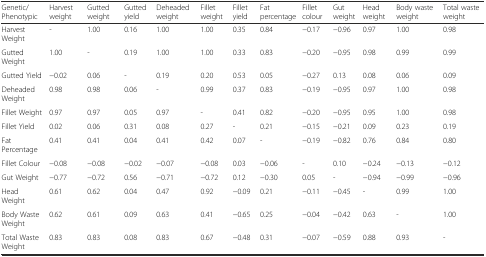
<table><thead><tr><td><b>Genetic/Phenotypic</b></td><td><b>Harvest weight</b></td><td><b>Gutted weight</b></td><td><b>Gutted yield</b></td><td><b>Deheaded weight</b></td><td><b>Fillet weight</b></td><td><b>Fillet yield</b></td><td><b>Fat percentage</b></td><td><b>Fillet colour</b></td><td><b>Gut weight</b></td><td><b>Head weight</b></td><td><b>Body waste weight</b></td><td><b>Total waste weight</b></td></tr></thead><tbody><tr><td>Harvest Weight</td><td>-</td><td>1.00</td><td>0.16</td><td>1.00</td><td>1.00</td><td>0.35</td><td>0.84</td><td>−0.17</td><td>−0.96</td><td>0.97</td><td>1.00</td><td>0.98</td></tr><tr><td>Gutted Weight</td><td>1.00</td><td>-</td><td>0.19</td><td>1.00</td><td>1.00</td><td>0.33</td><td>0.83</td><td>−0.20</td><td>−0.95</td><td>0.98</td><td>0.99</td><td>0.99</td></tr><tr><td>Gutted Yield</td><td>−0.02</td><td>0.06</td><td>-</td><td>0.19</td><td>0.20</td><td>0.53</td><td>0.05</td><td>−0.27</td><td>0.13</td><td>0.08</td><td>0.06</td><td>0.09</td></tr><tr><td>Deheaded Weight</td><td>0.98</td><td>0.98</td><td>0.06</td><td>-</td><td>0.99</td><td>0.37</td><td>0.83</td><td>−0.19</td><td>−0.95</td><td>0.97</td><td>1.00</td><td>0.98</td></tr><tr><td>Fillet Weight</td><td>0.97</td><td>0.97</td><td>0.05</td><td>0.97</td><td>-</td><td>0.41</td><td>0.82</td><td>−0.20</td><td>−0.95</td><td>0.95</td><td>1.00</td><td>0.98</td></tr><tr><td>Fillet Yield</td><td>0.02</td><td>0.06</td><td>0.31</td><td>0.08</td><td>0.27</td><td>-</td><td>0.21</td><td>−0.15</td><td>−0.21</td><td>0.09</td><td>0.23</td><td>0.19</td></tr><tr><td>Fat Percentage</td><td>0.41</td><td>0.41</td><td>0.04</td><td>0.41</td><td>0.42</td><td>0.07</td><td>-</td><td>−0.19</td><td>−0.82</td><td>0.76</td><td>0.84</td><td>0.80</td></tr><tr><td>Fillet Colour</td><td>−0.08</td><td>−0.08</td><td>−0.02</td><td>−0.07</td><td>−0.08</td><td>0.03</td><td>−0.06</td><td>-</td><td>0.10</td><td>−0.24</td><td>−0.13</td><td>−0.12</td></tr><tr><td>Gut Weight</td><td>−0.77</td><td>−0.72</td><td>0.56</td><td>−0.71</td><td>−0.72</td><td>0.12</td><td>−0.30</td><td>0.05</td><td>-</td><td>−0.94</td><td>−0.99</td><td>−0.96</td></tr><tr><td>Head Weight</td><td>0.61</td><td>0.62</td><td>0.04</td><td>0.47</td><td>0.92</td><td>−0.09</td><td>0.21</td><td>−0.11</td><td>−0.45</td><td>-</td><td>0.99</td><td>1.00</td></tr><tr><td>Body Waste Weight</td><td>0.62</td><td>0.61</td><td>0.09</td><td>0.63</td><td>0.41</td><td>−0.65</td><td>0.25</td><td>−0.04</td><td>−0.42</td><td>0.63</td><td>-</td><td>1.00</td></tr><tr><td>Total Waste Weight</td><td>0.83</td><td>0.83</td><td>0.08</td><td>0.83</td><td>0.67</td><td>−0.48</td><td>0.31</td><td>−0.07</td><td>−0.59</td><td>0.88</td><td>0.93</td><td>-</td></tr></tbody></table>